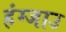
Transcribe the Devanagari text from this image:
हंग्जाउ